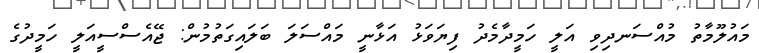
މައުލޫމާތު މުއްސަނދިވި އަލީ ހަމީދާމެދު ފިޔަވަޅު އަޅާނީ މައްސަލަ ބަލައިގަތުމުން: ޖޭއެސްސީއަލީ ހަމީދުގެ